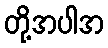
တို့အပါအ